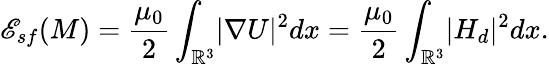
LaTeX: {\mathscr E}_{sf}({M})=\frac{\mu_{0}}{2}\int_{{\mathbb R}^{3}}\! |\nabla U|^{2}dx=\frac{\mu_{0}}{2}\int_{{\mathbb R}^{3}}\! |{H}_{d}|^{2}dx.